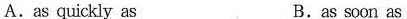
A.as quickly as B.as soon as